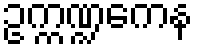
ဥက္ကဏ္ဍကေန